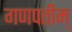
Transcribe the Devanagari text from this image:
गणपतीम्